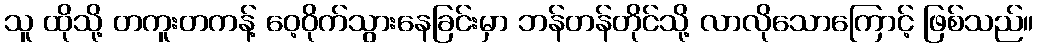
သူ ထိုသို့ တကူးတကန့် ဝေ့ဝိုက်သွားနေခြင်းမှာ ဘန်တန်တိုင်သို့ လာလိုသောကြောင့် ဖြစ်သည်။